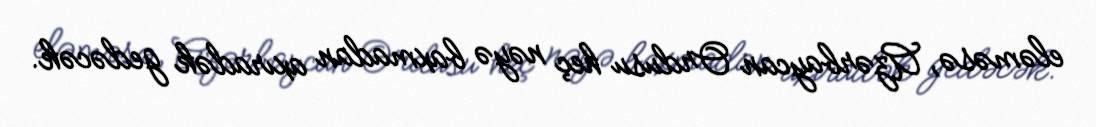
eləməsə, Azərbaycan Ordusu heç nəyə baxmadan axıradək gedəcək.